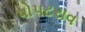
પોપટરાવ